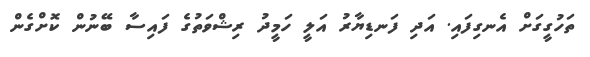
ތަހުގީގަށް އެނގިފައި. އަދި ފަނޑިޔާރު އަލީ ހަމީދު ރިޝްވަތުގެ ފައިސާ ބޭނުން ކޮށްގެން